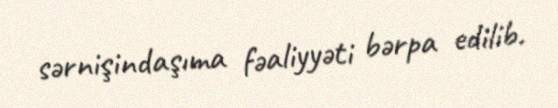
sərnişindaşıma fəaliyyəti bərpa edilib.